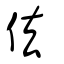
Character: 佉